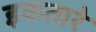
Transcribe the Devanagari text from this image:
इकतारे